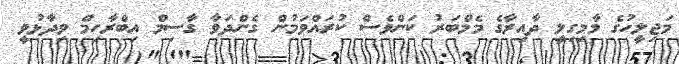
މަޖިލީހުގެ މާމިގިލީ ދާއިރާގެ މެމްބަރު ކަންވެސް ކުރައްވަމުން ގެންދަވާ ގާސިމް އިބްރާހިމް ވިދާޅުވީ